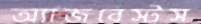
অ্যাজবেস্টস